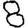
Digit: 8